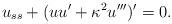
LaTeX: \begin{align*}u_{ss}+(uu'+\kappa^2u''')'=0.\end{align*}